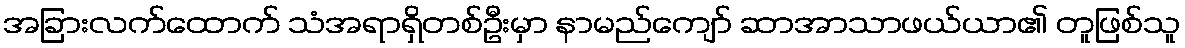
အခြားလက်ထောက် သံအရာရှိတစ်ဦးမှာ နာမည်ကျော် ဆာအာသာဖယ်ယာ၏ တူဖြစ်သူ